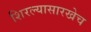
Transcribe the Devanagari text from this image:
शिरल्यासारखेच